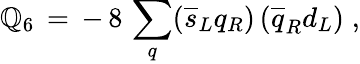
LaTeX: \mathbb{Q}_{6}\, =\, -\, 8\, \sum_{q}(\overline{{{{s}}}}_{L}q_{R})\, (\overline{{{{q}}}}_{R}d_{L})\; ,